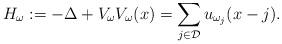
LaTeX: \begin{align*} H_\omega := - \Delta + V_\omega V_\omega(x) = \sum_{j \in \mathcal{D}} u_{\omega_j} (x-j) .\end{align*}